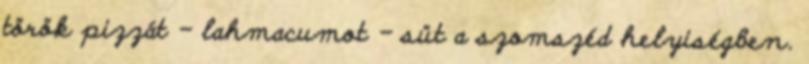
török pizzát - lahmacumot - süt a szomszéd helyiségben.